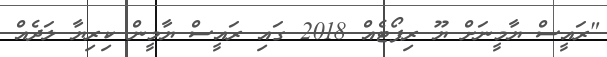
"ރައީސް ޔާމީނަށް ޔޫ ރިޕޯޓެއް 2018 ގައި ރައީސް ޔާމީން ކިރިޔާ ލަދެއް